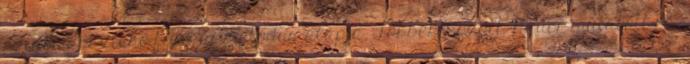
szigorú pszicho-fizikai metódus alapja. Többek között Hauer mutatott rá,